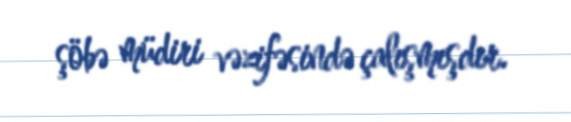
şöbə müdiri vəzifəsində çalışmışdır.